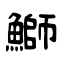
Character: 鰤